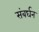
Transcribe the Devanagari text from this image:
संबर्घन